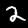
Digit: 2